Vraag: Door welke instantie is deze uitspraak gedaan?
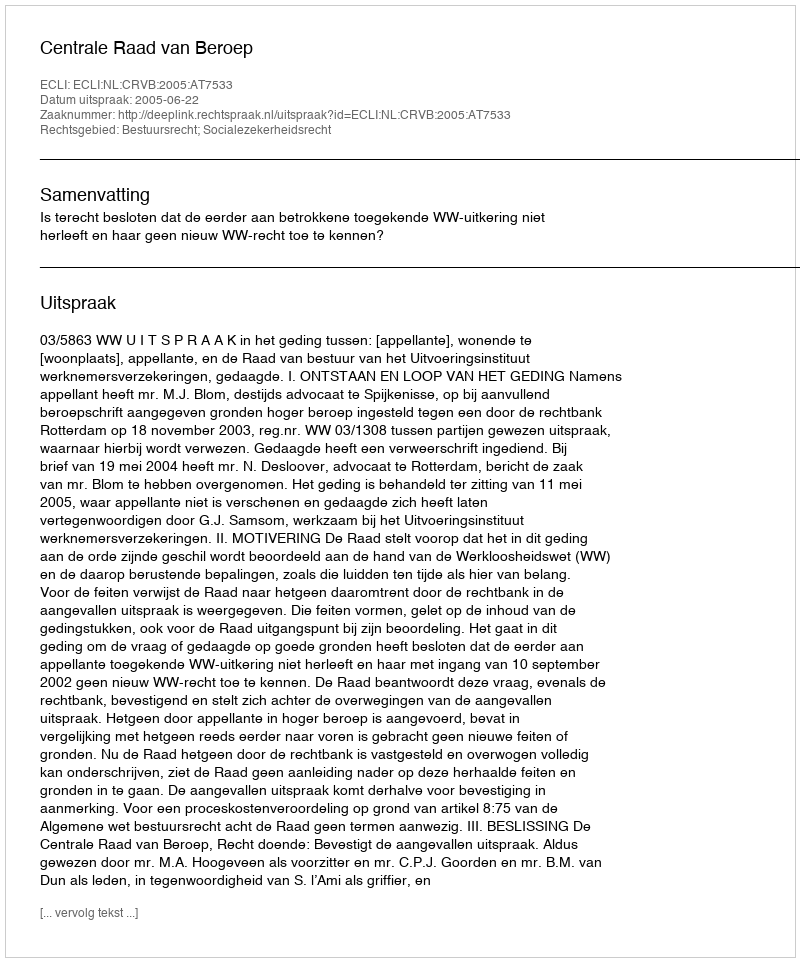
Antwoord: Centrale Raad van Beroep